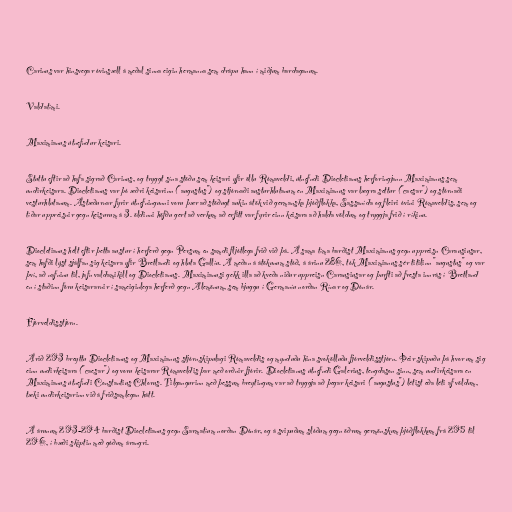
Carinus var hinsvegar óvinsæll á meðal sinna eigin hermanna sem drápu hann í miðjum bardaganum.

Valdatími.

Maximianus útnefndur keisari.

Stuttu eftir að hafa sigrað Carinus, og tryggt sína stöðu sem keisari yfir öllu Rómaveldi, útnefndi Diocletianus herforingjann Maximianus sem
undirkeisara. Diocletianus var þó æðri keisarinn ("augustus") og stjórnaði austurhlutanum en Maximianus var lægra settur ("caesar") og stórnaði
vesturhlutanum. Ástæðurnar fyrir útnefningunni voru þær að stöðugt aukin átök við germanska þjóðflokka, Sassanída og fleiri óvini Rómaveldis, sem og
tíðar uppreisnir gegn keisurum á 3. öldinni höfðu gert að verkum að erfitt var fyrir einn keisara að halda völdum og tryggja frið í ríkinu.

Diocletianus hélt eftir þetta austur í herferð gegn Persum en samdi fljótlega frið við þá. Á sama tíma barðist Maximianus gegn uppreisn Carausiusar,
sem hafði lýst sjálfan sig keisara yfir Bretlandi og hluta Gallíu. Á meðan á átökunum stóð, á árinu 286, tók Maximianus sér titilinn "augustus" og var
því, að nafninu til, jafn valdamikill og Diocletianus. Maximianusi gekk illa að kveða niður uppreisn Carausiusar og þurfti að fresta innrás í Bretland
en í staðinn fóru keisararnir í sameiginlega herferð gegn Alemönum, sem bjuggu í Germaníu norðan Rínar og Dónár.

Fjórveldisstjórn.

Árið 293 breyttu Diocletianus og Maximianus stjórnskipulagi Rómaveldis og mynduðu hina svokölluðu fjórveldisstjórn. Þeir skipuðu þá hvor um sig
einn undirkeisara ("caesar") og voru keisarar Rómaveldis þar með orðnir fjórir. Diocletianus útnefndi Galerius, tengdason sinn, sem undirkeisara en
Maximianus útnefndi Constantius Chlorus. Tilgangurinn með þessum breytingum var að tryggja að þegar keisari ("augustus") létist eða léti af völdum,
tæki undirkeisarinn við á friðsamlegan hátt.

Á árunum 293-294 barðist Diocletianus gegn Sarmatíum norðan Dónár, og á svipuðum slóðum gegn öðrum germönskum þjóðflokkum frá 295 til
296, í bæði skiptin með góðum árangri.